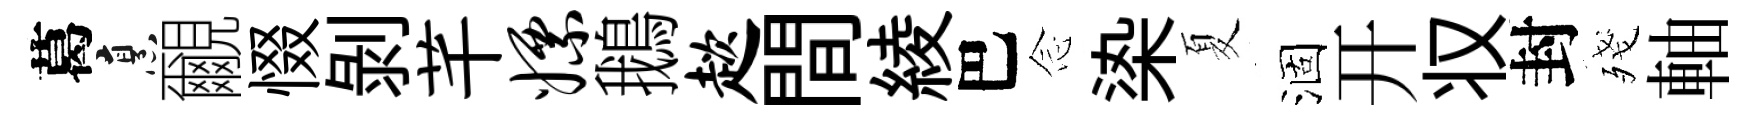
葛烹覼惙剝芊嫖鵝趑間綾巴𫝹𣑱夏涸开𠬧封殘軸